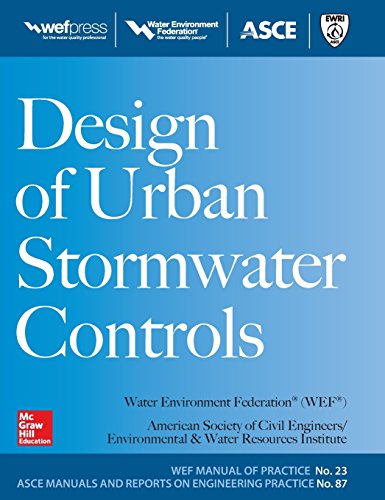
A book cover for Design of Urban Stormwater Controls, MOP 23 (Water Resources and Environmental Engineering Series); Water Environment Federation; Engineering & Transportation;